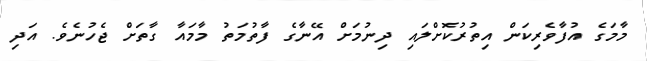
މާމަގެ އުފާވެރިކަން އިތުރުކޮށްލައި ދިނުމަށް އޭނާގެ ފާތުމަތު މާމައާ ގާތަށް ޖެހުނެވެ. އަދި